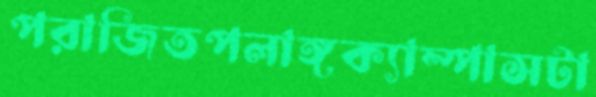
পরাজিতপলাঙ্গক্যাম্পাসটা